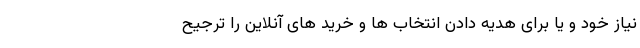
نیاز خود و یا برای هدیه دادن انتخاب ها و خرید های آنلاین را ترجیح